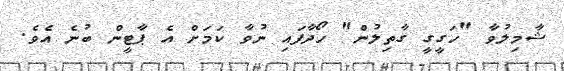
ޝާމިލުވާ "ހަގީގީ ގާތިލުން" ހޯދާފައި ނުވާ ކަމަށް އެ ޕާޓީން ބުނެ އެވެ.